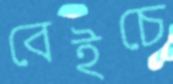
বেইচে